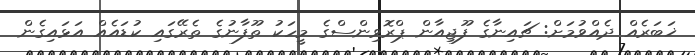
ޚަބަރެއް ދެއްވުމަށް: ޗައިނާގެ ފޫޖިއާން ޕްރޮވިންސްގެ މީހަކު ތޫފާނުގެ ތެރޭގައި ކުޑައެއް އަޅައިގެން